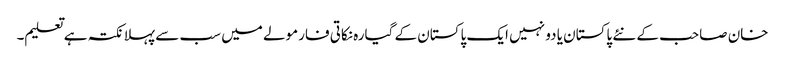
خان صاحب کے نئے پاکستان یا دو نہیں ایک پاکستان کے گیارہ نکاتی فارمولے میں سب سے پہلا نکتہ ہے تعلیم۔